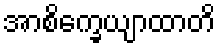
အာစိက္ခေယျာထာတိ